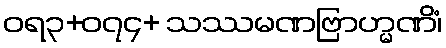
ဝရ၃+၀၇၄+ သဿမဏဗြာဟ္မဏိံ၊